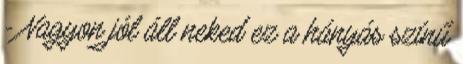
- Nagyon jól áll neked ez a hányás színű